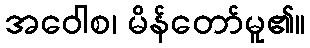
အဝေါစ၊ မိန်တော်မူ၏။